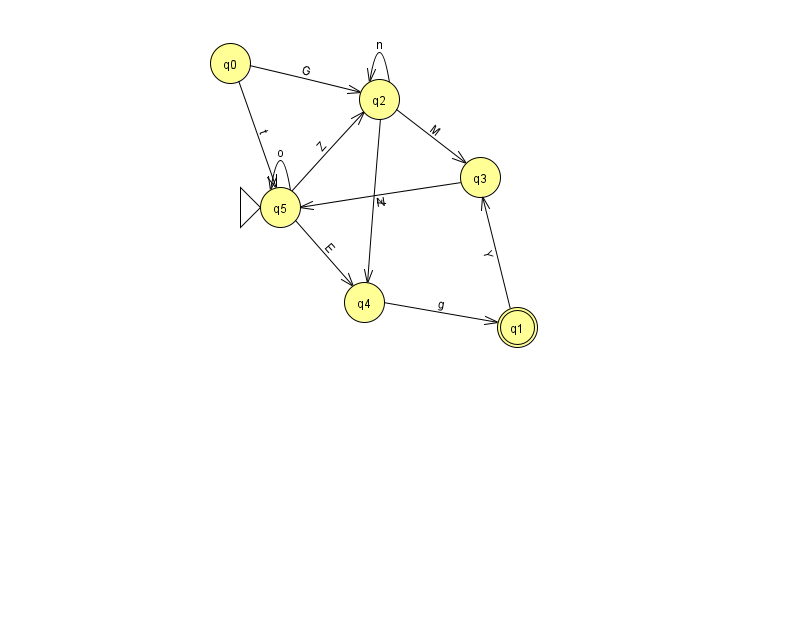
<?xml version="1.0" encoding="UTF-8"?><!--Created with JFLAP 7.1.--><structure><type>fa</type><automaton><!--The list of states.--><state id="0" name="q0"><x>230.0</x><y>50.0</y></state><state id="1" name="q1"><x>517.0</x><y>314.0</y><final/></state><state id="2" name="q2"><x>379.0</x><y>86.0</y></state><state id="3" name="q3"><x>480.0</x><y>164.0</y></state><state id="4" name="q4"><x>364.0</x><y>289.0</y></state><state id="5" name="q5"><x>280.0</x><y>194.0</y><initial/></state><!--The list of transitions.--><transition><from>0</from><to>2</to><read>G</read></transition><transition><from>5</from><to>2</to><read>Z</read></transition><transition><from>2</from><to>4</to><read>F</read></transition><transition><from>4</from><to>1</to><read>g</read></transition><transition><from>3</from><to>5</to><read>N</read></transition><transition><from>0</from><to>5</to><read>t</read></transition><transition><from>1</from><to>3</to><read>Y</read></transition><transition><from>5</from><to>4</to><read>E</read></transition><transition><from>2</from><to>2</to><read>n</read></transition><transition><from>2</from><to>3</to><read>M</read></transition><transition><from>5</from><to>5</to><read>o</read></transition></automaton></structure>